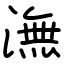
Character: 潕